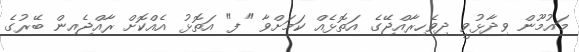
މައުމޫން ވިދާޅުވީ ދިވެހިރާއްޖޭގެ އަތޮޅެއް ކަމަށްވާ "ފ" އަތޮޅު އެއްކޮށް ރާއްޖެއިން ބޭރުގެ